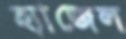
হ্যাজেল